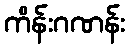
ကိန်းဂဏန်း